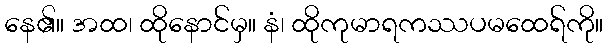
နေ၏။ အထ၊ ထိုနောင်မှ။ နံ၊ ထိုကုမာရကဿပမထေရ်ကို။